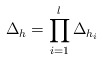
\begin{align*}\Delta_h = \prod_{i=1}^{l}\Delta_{h_i}\end{align*}